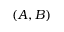
( A , B )